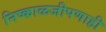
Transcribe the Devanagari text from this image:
निष्काळजीपणाही